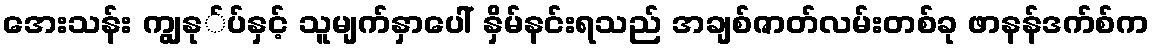
အေးသန်း ကျွနု်ပ်နှင့် သူမျက်နှာပေါ် နှိမ်နင်းရသည် အချစ်ဇာတ်လမ်းတစ်ခု ဖာနန်ဒက်စ်က